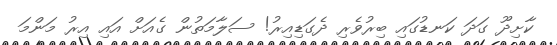
ކާށިދޫ ގަދަ ކަނޑުގައި ބިރުވެރި ދެގަޑިއިރު! ސަލާމަތުން ގެއަށް އައި އިރު މަންމަ